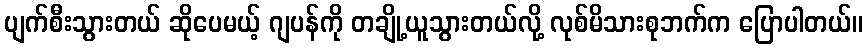
ပျက်စီးသွားတယ် ဆိုပေမယ့် ဂျပန်ကို တချို့ယူသွားတယ်လို့ လုစ်မိသားစုဘက်က ပြောပါတယ်။